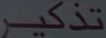
تذکر